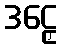
ဒဠှေ